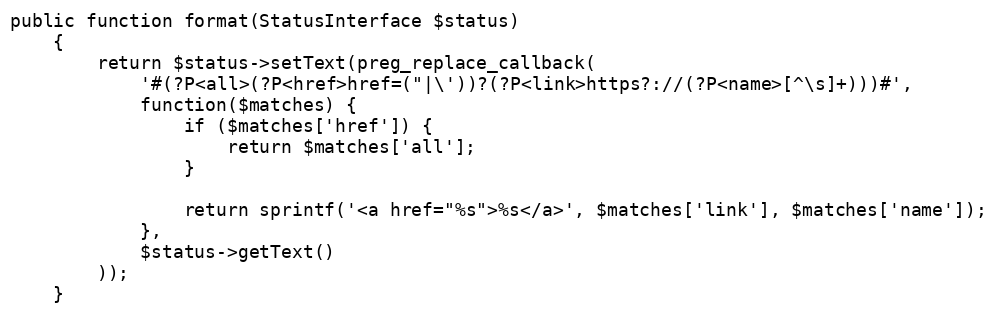
Language: PHP
public function format(StatusInterface $status)
    {
        return $status->setText(preg_replace_callback(
            '#(?P<all>(?P<href>href=("|\'))?(?P<link>https?://(?P<name>[^\s]+)))#',
            function($matches) {
                if ($matches['href']) {
                    return $matches['all'];
                }

                return sprintf('<a href="%s">%s</a>', $matches['link'], $matches['name']);
            },
            $status->getText()
        ));
    }